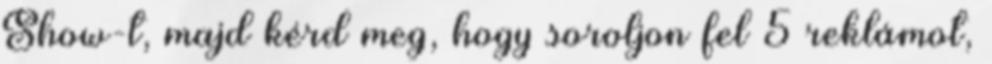
Show-t, majd kérd meg, hogy soroljon fel 5 reklámot,